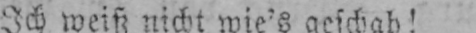
Ich weiß nicht wie’s geschah!